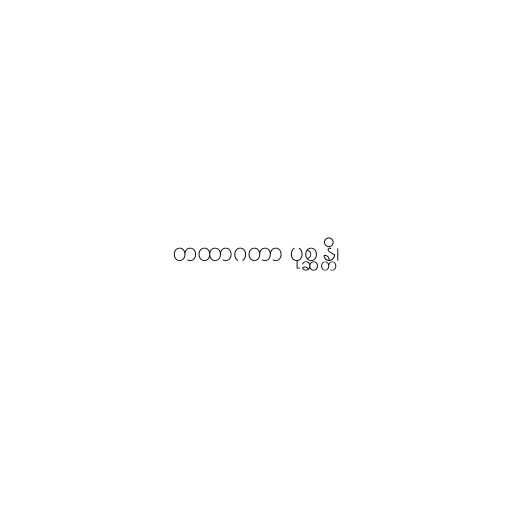
တထာဂတာ ပုစ္ဆန္တိ၊